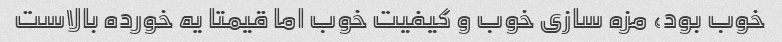
خوب بود، مزه سازی خوب و کیفیت خوب اما قیمتا یه خورده بالاست